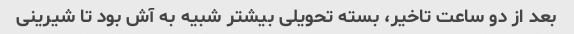
بعد از دو ساعت تاخیر، بسته تحویلی بیشتر شبیه به آش بود تا شیرینی